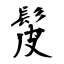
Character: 髲